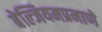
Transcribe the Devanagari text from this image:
बेल्जियमप्रमाणे